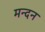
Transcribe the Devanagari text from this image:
मन्दन